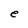
Character: e